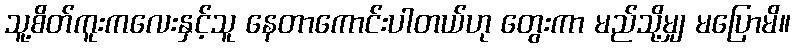
သူ့စိတ်ကူးကလေးနှင့်သူ နေတာကောင်းပါတယ်ဟု တွေးကာ မည်သို့မျှ မပြောမိ။